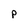
Character: p